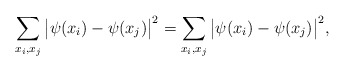
\begin{align*}& \sum_{x_i, x_j } \big|\psi(x_i) - \psi(x_j)\big|^2 = \sum_{x_i, x_j } \big|\psi(x_i) - \psi(x_j)\big|^2,\end{align*}